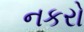
નકરો